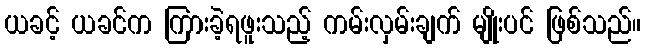
ယခင့် ယခင်က ကြားခဲ့ရဖူးသည့် ကမ်းလှမ်းချက် မျိုးပင် ဖြစ်သည်။